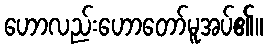
ဟောလည်းဟောတော်မူအပ်၏။